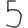
Digit: 5